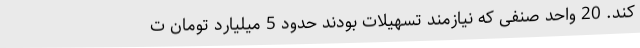
کند. 20 واحد صنفی که نیازمند تسهیلات بودند حدود 5 میلیارد تومان ت